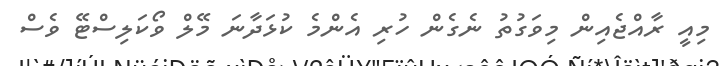
މިއީ ރާއްޖެއިން މިވަގުތު ނެގެން ހުރި އެންމެ ކުޅަދާނަ މޭލް ވޯކަލިސްޓޭ ވެސް